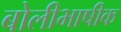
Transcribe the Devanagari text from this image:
बोलीभाषीक